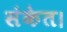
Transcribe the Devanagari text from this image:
संकेत।